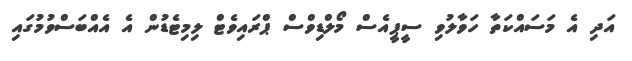
އަދި އެ މަސައްކަތާ ހަވާލުވި ސީޕީއެސް މޯލްޑިވްސް ޕްރައިވެޓް ލިމިޓެޑުން އެ އެއްބަސްވުމުގައި